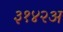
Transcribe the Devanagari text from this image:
३१४२अ